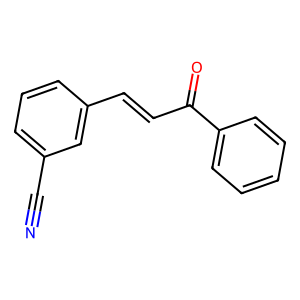
SMILES: N#Cc1cccc(C=CC(=O)c2ccccc2)c1
Inhibits HIV replication: No